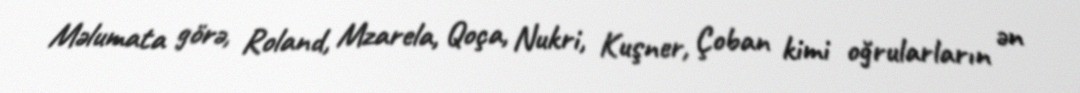
Məlumata görə, Roland, Mzarela, Qoça, Nukri, Kuşner, Çoban kimi oğrularların ən